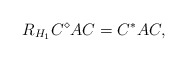
\begin{align*}R_{H_{1}}C^{\diamond}AC=C^{*}AC,\end{align*}